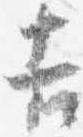
吉